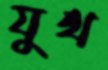
যুথ